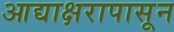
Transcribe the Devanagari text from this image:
आद्याक्षरापासून